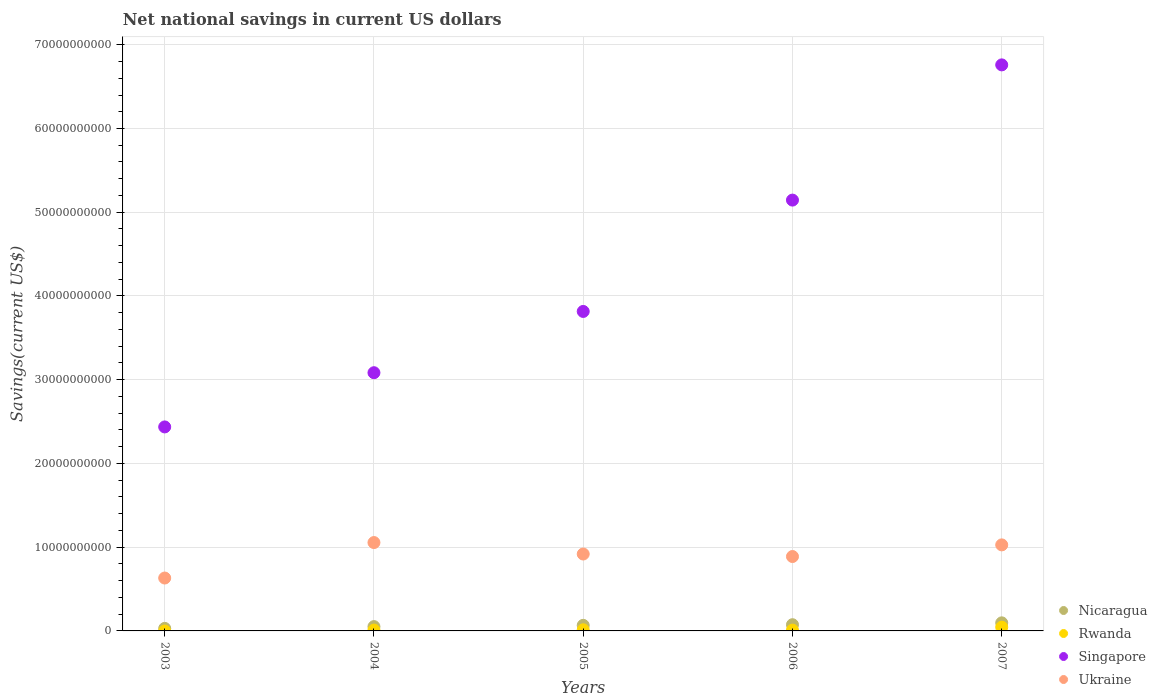
| Years | Nicaragua | Rwanda | Singapore | Ukraine |
 | --- | --- | --- | --- | --- |
 | 2003 | 3.01e+08 | -1.07e+07 | 2.44e+10 | 6.32e+09 |
 | 2004 | 5.14e+08 | 1.01e+08 | 3.08e+10 | 1.06e+10 |
 | 2005 | 6.65e+08 | 1.34e+08 | 3.82e+10 | 9.18e+09 |
 | 2006 | 7.42e+08 | 9.64e+07 | 5.14e+10 | 8.88e+09 |
 | 2007 | 9.64e+08 | 4.46e+08 | 6.76e+10 | 1.03e+10 |